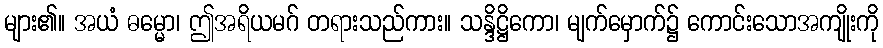
များ၏။ အယံ ဓမ္မော၊ ဤအရိယမဂ် တရားသည်ကား။ သန္ဒိဋ္ဌိကော၊ မျက်မှောက်၌ ကောင်းသောအကျိုးကို